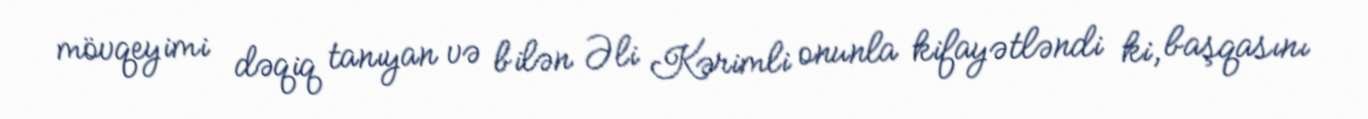
mövqeyimi dəqiq tanıyan və bilən Əli Kərimli onunla kifayətləndi ki, başqasını